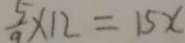
\frac { 5 } { 9 } \times 1 2 = 1 5 x